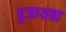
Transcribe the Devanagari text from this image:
पुजायचा